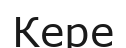
Кере